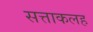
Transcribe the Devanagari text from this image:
सत्ताकलह